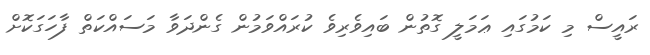
ރައީސް މި ކަމުގައި ޢަމަލީ ގޮތުން ބައިވެރިވެ ކުރައްވަމުން ގެންދަވާ މަސައްކަތް ފާހަގަކޮށް